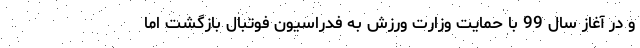
و در آغاز سال 99 با حمایت وزارت ورزش به فدراسیون فوتبال بازگشت اما